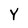
Character: Y